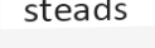
steads